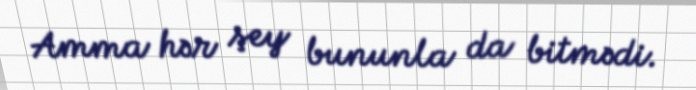
Amma hər şey bununla da bitmədi.